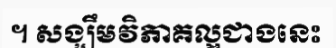
។ សង្ឃឹមវិភាគល្អជាងនេះ